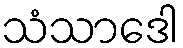
သံသာဒေါ